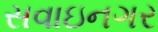
સવાઇનગર